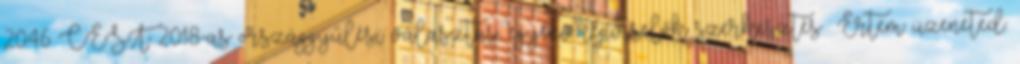
20:46 CEST 2018-as országgyűlési választás, egyéni képviselők szerkesztés Értem üzeneted.